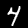
Digit: 4